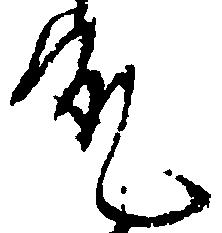
允